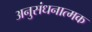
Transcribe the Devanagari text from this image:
अनुसंधनात्मक